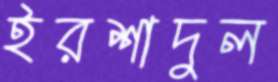
ইরশাদুল